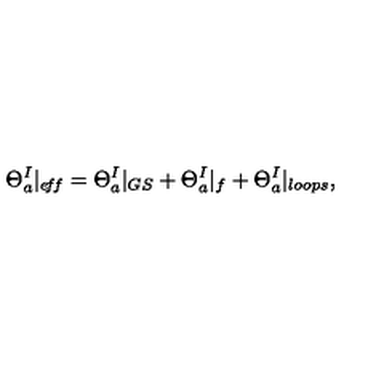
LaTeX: \Theta _ { a } ^ { I } | _ { e \! f \! f } = \Theta _ { a } ^ { I } | _ { G S } + \Theta _ { a } ^ { I } | _ { f } + \Theta _ { a } ^ { I } | _ { l o o p s } ,